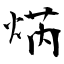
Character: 焫